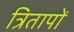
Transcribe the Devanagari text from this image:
त्रितापों